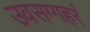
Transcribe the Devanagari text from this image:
उवसग्गहरं